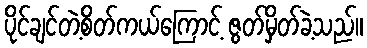
ပိုင်ချင်တဲ့စိတ်ကယ်ကြောင့် ဇွတ်မှိတ်ခဲ့သည်။